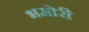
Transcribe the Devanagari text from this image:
भमोरी